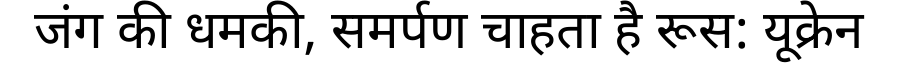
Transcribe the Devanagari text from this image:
जंग की धमकी, समर्पण चाहता है रूस: यूक्रेन